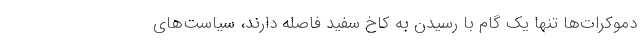
دموکرات‌ها تنها یک گام با رسیدن به کاخ سفید فاصله دارند، سیاست‌های